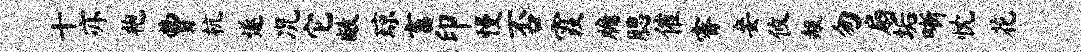
十亦袍曹杭遂况它敝琼畜印慢否霞牖腮催睿妾攸赧匆扇垢晰忱花